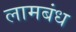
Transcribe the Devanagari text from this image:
लामबंध